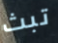
تبث